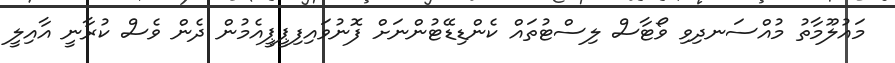
މައުލޫމާތު މުއްސަނދިވި ވޯޓާސް ލިސްޓުތައް ކެންޑިޑޭޓުންނަށް ފޮނުވައިފިޕީޕީއެމުން ދެން ވެސް ކުރާނީ އާއިލީ